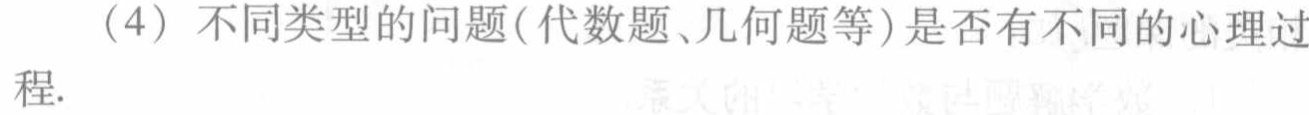
（4）不同类型的问题(代数题、几何题等)是否有不同的心理过程.